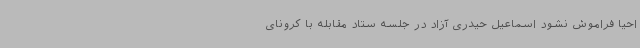
احیا فراموش نشود اسماعیل حیدری آزاد در جلسه ستاد مقابله با کرونای